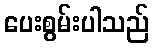
ပေးစွမ်းပါသည်